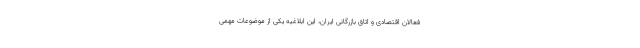
فعالان اقتصادی و اتاق بازرگانی ایران، این ابلاغیه یکی از موضوعات مهمی